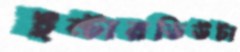
ইন্টারভিউটা